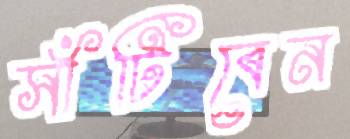
সাঁটিবেন